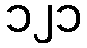
၁၂၁